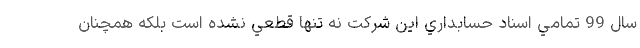
سال 99 تمامي اسناد حسابداري اين شركت نه تنها قطعي نشده است بلكه همچنان